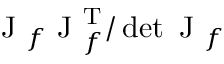
\mathrm { ~ J ~ } _ { f } \mathrm { ~ J ~ } _ { f } ^ { \operatorname { T } } / \operatorname* { d e t } \mathrm { ~ J ~ } _ { f }